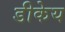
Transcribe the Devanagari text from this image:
डीकेय